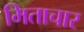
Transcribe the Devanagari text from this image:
मिताचार